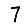
Digit: 7